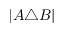
| A \triangle B |